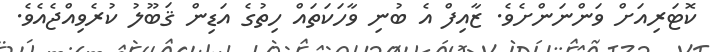
ކޮޓަރިއަށް ވަންނަންށެވެ. ޒާއިފް އެ ބުނި ވާހަކަތައް ހިތުގެ އަޑިން ޤަބޫލު ކުރެވިއްޖެއެވެ.